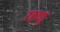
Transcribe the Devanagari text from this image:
रहणु